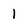
Character: l